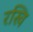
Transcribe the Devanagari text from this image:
रखि